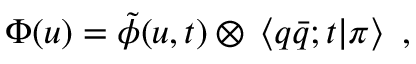
\Phi ( u ) = \tilde { \phi } ( u , t ) \otimes \, \left< q \bar { q } ; t | \pi \right> \, \, ,